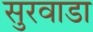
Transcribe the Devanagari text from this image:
सुरवाडा